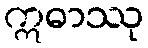
ဣဓာဿု